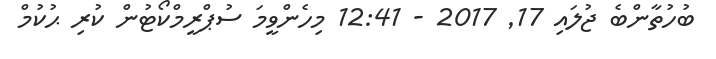
ބުހުތާންބެ ޖުލައި 17